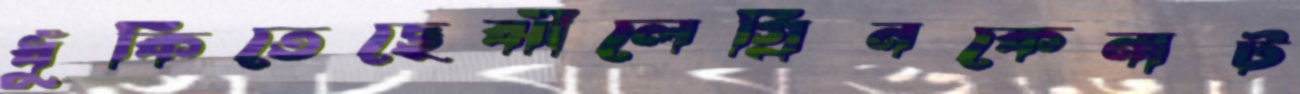
ধুঁকিতেছেঝীলেগ্রিনকেনাট